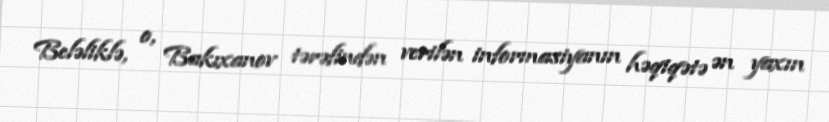
Beləliklə, o, Bakıxanov tərəfindən verilən informasiyanın həqiqətə ən yaxın